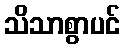
သိသာစွာပင်